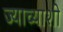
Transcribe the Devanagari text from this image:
ज्याच्याशी